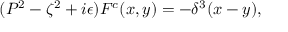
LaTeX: ( P ^ { 2 } - \zeta ^ { 2 } + i \epsilon ) { \cal F } ^ { c } ( x , y ) = - \delta ^ { 3 } ( x - y ) ,